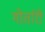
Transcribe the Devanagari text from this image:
गोर्तारी